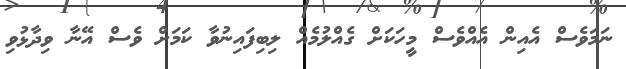
ނަމަވެސް އެއިން އެެއްވެސް މީހަކަށް ގެއްލުމެއް ލިބިފައިނުވާ ކަމަށް ވެސް އޭނާ ވިދާޅުވި